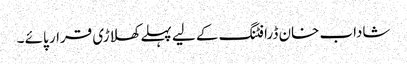
شاداب خان ڈرافٹنگ کے لیے پہلے کھلاڑی قرار پائے ۔